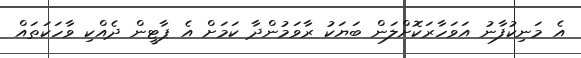
އެ މަނިކުފާނު އަވަހާރަކޮށްލަން ބަޔަކު ރާވަމުންދާ ކަމަށް އެ ޕާޓީން ދެއްކި ވާހަކަތައް